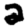
Digit: 2